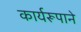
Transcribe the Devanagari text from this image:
कार्यरूपाने